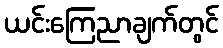
ယင်းကြေညာချက်တွင်